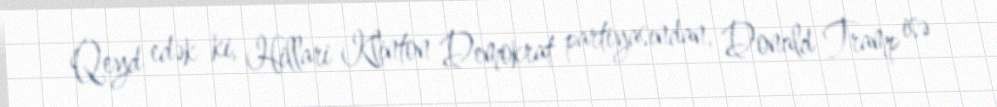
Qeyd edək ki, Hillari Klinton Demokrat partiyasından, Donald Tramp isə